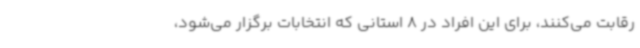
رقابت می‌کنند، برای این افراد در 8 استانی که انتخابات برگزار می‌شود،